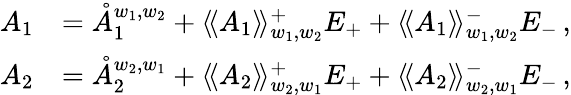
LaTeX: \begin{array}{rl}{A_{1}}&{=\mathring{A}_{1}^{w_{1},w_{2}}+\langle\! \langle A_{1}\rangle\! \rangle_{w_{1},w_{2}}^{+}E_{+}+\langle\! \langle A_{1}\rangle\! \rangle_{w_{1},w_{2}}^{-}E_{-}\, ,}\\ {A_{2}}&{=\mathring{A}_{2}^{w_{2},w_{1}}+\langle\! \langle A_{2}\rangle\! \rangle_{w_{2},w_{1}}^{+}E_{+}+\langle\! \langle A_{2}\rangle\! \rangle_{w_{2},w_{1}}^{-}E_{-}\, ,}\end{array}